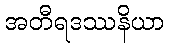
အတီရဒဿနိယာ